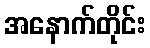
အနောက်တိုင်း